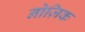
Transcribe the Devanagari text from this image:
नोज़िक